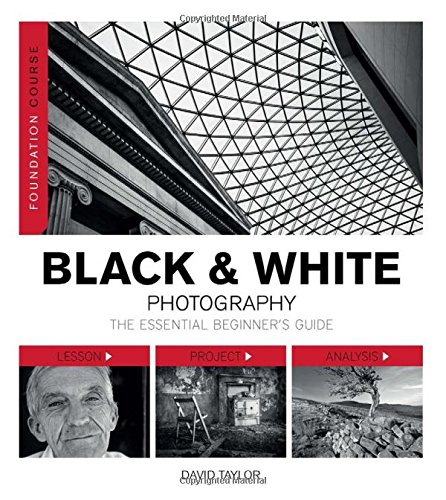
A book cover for Foundation Course: Black & White Photography: The Essential Beginner's Guide; David Taylor; Arts & Photography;